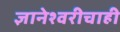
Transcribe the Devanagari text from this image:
ज्ञानेश्वरीचाही